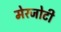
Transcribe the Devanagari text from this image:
मेरजोटी